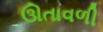
ઊતાવળી